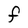
Character: F